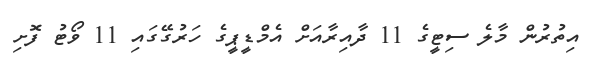
އިތުރުން މާލެ ސިޓީގެ 11 ދާއިރާއަށް އެމްޑީޕީގެ ހަރުގޭގައި 11 ވޯޓު ފޮށި